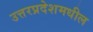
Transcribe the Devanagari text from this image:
उत्तरप्रदेशमधील